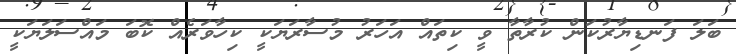
ބަލަ ފަނޑިޔާރުކަން ކުރާތާ ވީ ކިތައް އަހަރު މުސާރަޔަކީ ކިހާވަރެއް ކޮބަ މައްސަލަޔަކީ